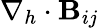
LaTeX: \nabla_{h}\cdot\mathbf{B}_{ij}